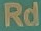
Rd